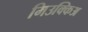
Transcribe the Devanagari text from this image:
मिउक्किअ